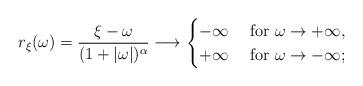
LaTeX: \begin{align*}r_{\xi}(\omega) = \frac{\xi - \omega}{(1 + |\omega |)^{\alpha}} \longrightarrow \begin{cases} -\infty & \mbox{ for }\omega \to + \infty, \\+ \infty & \mbox{ for } \omega \to - \infty;\end{cases}\end{align*}